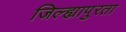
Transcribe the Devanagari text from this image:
जिल्ह्यापुरता